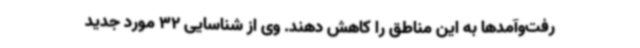
رفت‌وآمدها به این مناطق را کاهش دهند. وی از شناسایی 32 مورد جدید